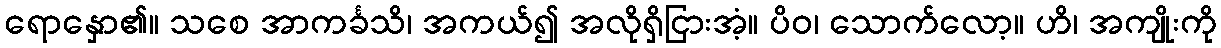
ရောနှော၏။ သစေ အာကင်္ခသိ၊ အကယ်၍ အလိုရှိငြားအံ့။ ပိဝ၊ သောက်လော့။ ဟိ၊ အကျိုးကို